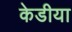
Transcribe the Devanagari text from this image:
केडीया